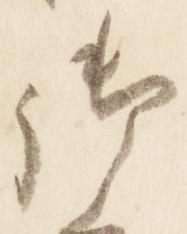
御